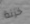
خزنة